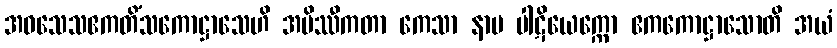
အဝသေသဧကတိံသကောဋ္ဌာသေဟိ အမိဿီကတာ ကေသာ နာမ ပါဋိယေက္ကော ဧကကောဋ္ဌာသောတိ အယံ